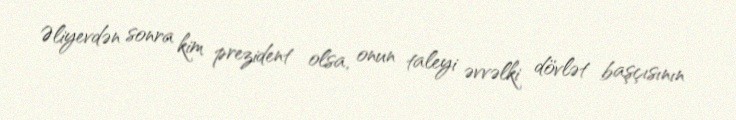
Əliyevdən sonra kim prezident olsa, onun taleyi əvvəlki dövlət başçısının